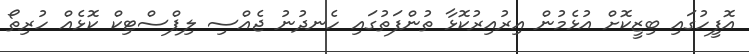
އޮފީހުގައި ބިޒީކޮށް އުޅެމުން އިރުއިރުކޮޅާ ތުންފަތުގައި ހެނދުނު ޖެއްސި ލިޕްސްޓިކް ކޮޅެއް ހުރިތޯ